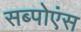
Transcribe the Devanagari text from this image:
सब्पोएंस